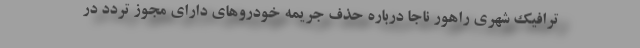
ترافیک شهری راهور ناجا درباره حذف جریمه خودروهای دارای مجوز تردد در